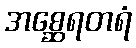
အစ္ဆေရတရံ